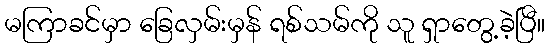
မကြာခင်မှာ ခြေလှမ်းမှန် ရစ်သမ်ကို သူ ရှာတွေ့ခဲ့ပြီ။